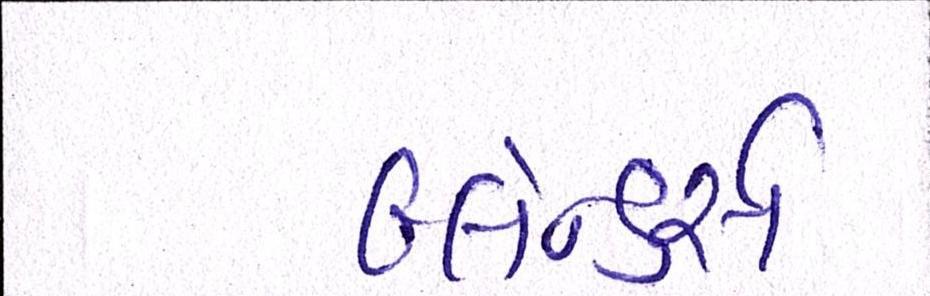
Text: બ્લેન્ડર્સ